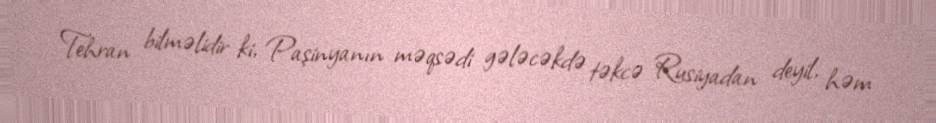
Tehran bilməlidir ki, Paşinyanın məqsədi gələcəkdə təkcə Rusiyadan deyil, həm